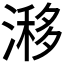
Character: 𣻗